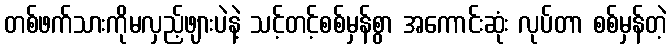
တစ်ဖက်သားကိုမလှည့်ဖျားပဲနဲ့ သင့်တင့်စစ်မှန်စွာ အကောင်းဆုံး လုပ်တာ စစ်မှန်တဲ့